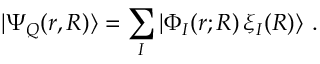
| \Psi _ { Q } ( r , R ) \rangle = \sum _ { I } | \Phi _ { I } ( r ; R ) \, \xi _ { I } ( R ) \rangle ~ .